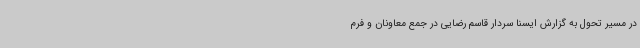
در مسیر تحول به گزارش ایسنا سردار قاسم رضایی در جمع معاونان و فرم